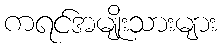
ကရင်အမျိုးသားများ